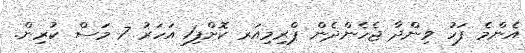
އެންމެ ފަހު ވިންދާ ޖެހެންދެން ޕްރިމިއަރ ކޮށްފި1 އަހަރު 7 މަސް ކުރިން.